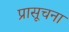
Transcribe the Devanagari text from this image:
प्रासूचना